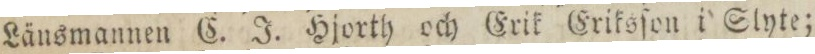
Länsmannen C. J. Hjorth och Erik Eriksſon i Slyte;